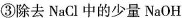
③除去NaCl中的少量NaOH